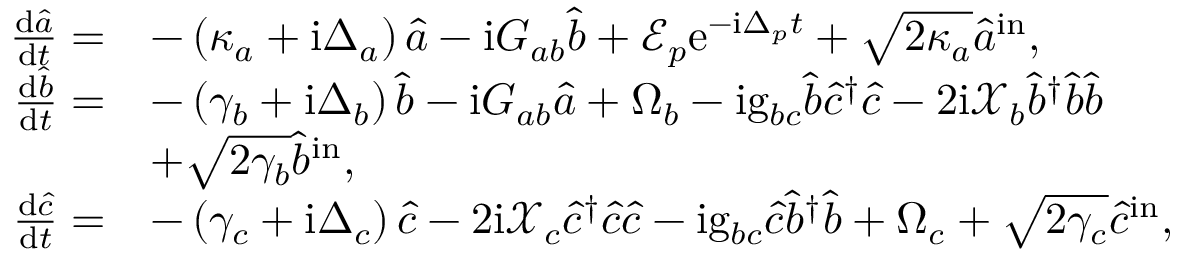
\begin{array} { r l } { \frac { \mathrm { d } \hat { a } } { \mathrm { d } t } = } & { - \left( \kappa _ { a } + \mathrm { i } \Delta _ { a } \right) \hat { a } - \mathrm { i } G _ { a b } \hat { b } + \mathcal { E } _ { p } \mathrm { e } ^ { - \mathrm { i } \Delta _ { p } t } + \sqrt { 2 \kappa _ { a } } \hat { a } ^ { \mathrm { i n } } , } \\ { \frac { \mathrm { d } \hat { b } } { \mathrm { d } t } = } & { - \left( \gamma _ { b } + \mathrm { i } \Delta _ { b } \right) \hat { b } - \mathrm { i } G _ { a b } \hat { a } + \Omega _ { b } - \mathrm { i } \mathrm { g } _ { b c } \hat { b } \hat { c } ^ { \dagger } \hat { c } - 2 \mathrm { i } \mathcal { X } _ { b } \hat { b } ^ { \dagger } \hat { b } \hat { b } } \\ & { + \sqrt { 2 \gamma _ { b } } \hat { b } ^ { \mathrm { i n } } , } \\ { \frac { \mathrm { d } \hat { c } } { \mathrm { d } t } = } & { - \left( \gamma _ { c } + \mathrm { i } \Delta _ { c } \right) \hat { c } - 2 \mathrm { i } \mathcal { X } _ { c } \hat { c } ^ { \dagger } \hat { c } \hat { c } - \mathrm { i } \mathrm { g } _ { b c } \hat { c } \hat { b } ^ { \dagger } \hat { b } + \Omega _ { c } + \sqrt { 2 \gamma _ { c } } \hat { c } ^ { \mathrm { i n } } , } \end{array}